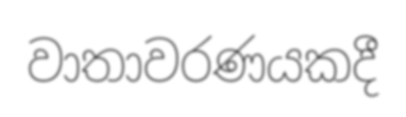
වාතාවරණයකදී